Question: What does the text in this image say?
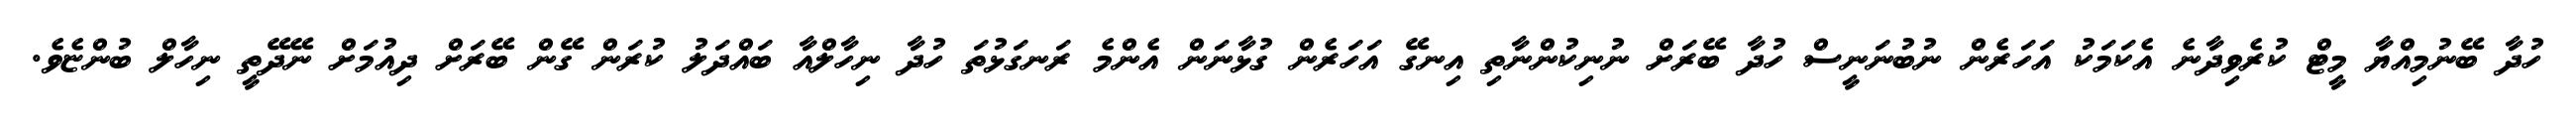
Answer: ހުދާ ބޭނުމިއްޔާ މީޓް ކުރެވިދާނެ އެކަމަކު އަހަރެން ނުބުނަނީސް ހުދާ ބޭރަށް ނުނިކުންނާތި އިނގޭ އަހަރެން ގުޅާނަން އެންމެ ރަނގަޅުތަ ހުދާ ނިހާލްއާ ބައްދަލު ކުރަން ގޭން ބޭރަށް ދިއުމަށް ނޭދޭތީ ނިހާލް ބުންޏެވެ.